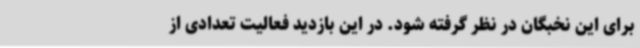
برای این نخبگان در نظر گرفته شود. در این بازدید فعالیت تعدادی از